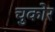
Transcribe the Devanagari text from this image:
चुकोर